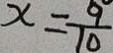
x = \frac { 9 } { 1 0 }